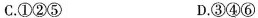
C.①②⑤ D.③④⑥